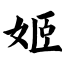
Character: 姬